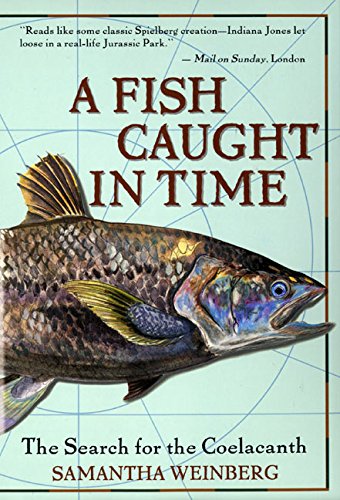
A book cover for A Fish Caught in Time: The Search for the Coelacanth; Samantha Weinberg; Science & Math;